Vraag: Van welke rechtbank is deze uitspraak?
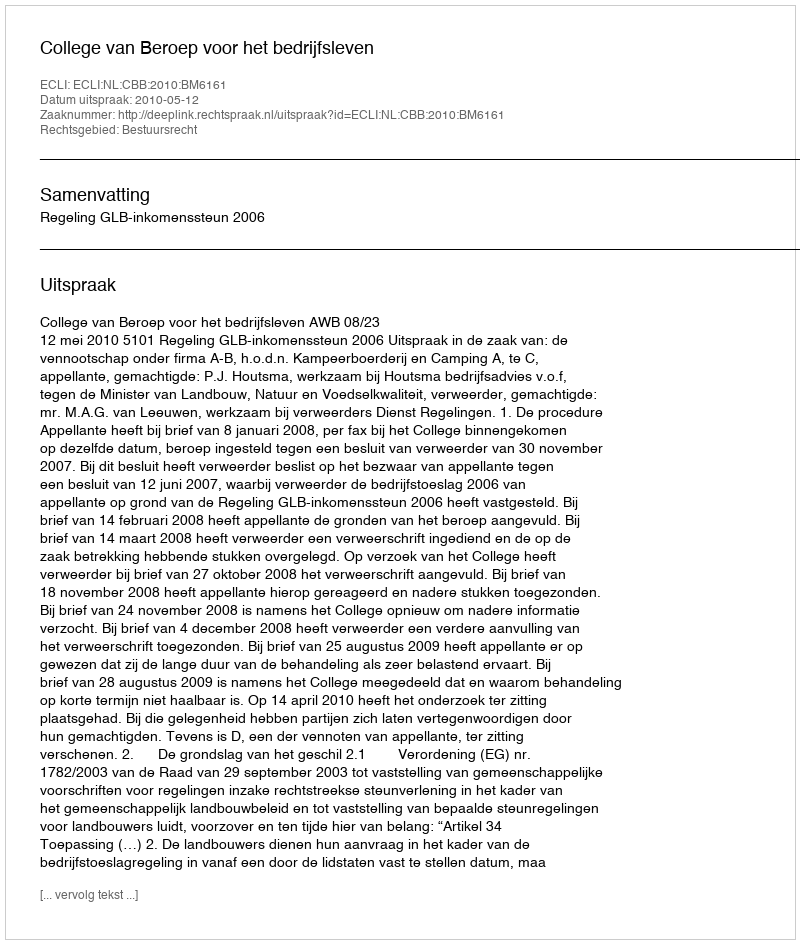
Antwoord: College van Beroep voor het bedrijfsleven